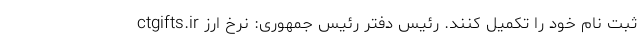
ctgifts.ir ثبت نام خود را تکمیل کنند. رئیس دفتر رئیس جمهوری: نرخ ارز